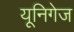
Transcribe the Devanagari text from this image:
यूनिगेज